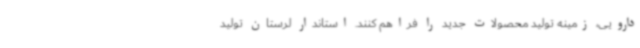
دارویی، زمینه تولید محصولات جدید را فراهم کنند. استاندار لرستان تولید